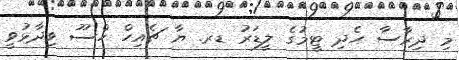
މި ދިރާސާ ހެދި ޓީމުގެ ލީޑަރު ޑރ. ޔާ ޗެއިހް ހްސޫ ވިދާޅުވީ